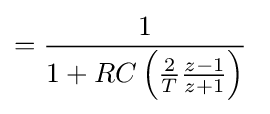
={\frac {1}{1+RC\left({\frac {2}{T}}{\frac {z-1}{z+1}}\right)}}\